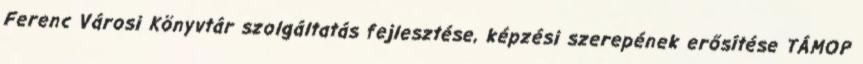
Ferenc Városi Könyvtár szolgáltatás fejlesztése, képzési szerepének erősítése TÁMOP